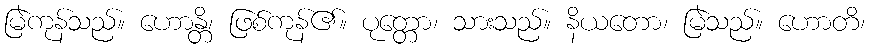
မြဲကုန်သည်။ ဟောန္တိ၊ ဖြစ်ကုန်၏။ ပုတ္တော၊ သားသည်။ နိယတော၊ မြဲသည်။ ဟောတိ၊